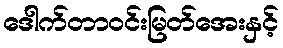
ဒေါက်တာဝင်းမြတ်အေးနှင့်